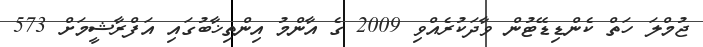
ޖުމްލަ ހަތް ކެންޑިޑޭޓުން ވާދަކުރެއްވި 2009 ގެ އާންމު އިންތިޚާބުގައި އަފްރާޝީމަށް 573